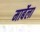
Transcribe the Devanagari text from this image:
मार्बेला